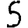
Digit: 5